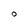
Character: 0